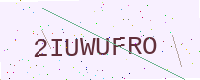
Text: 2IUWUFRO